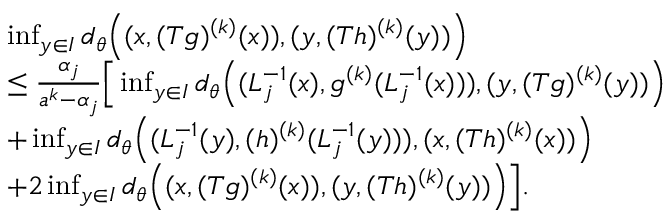
\begin{array} { r l } & { \operatorname* { i n f } _ { y \in I } d _ { \theta } \Big ( ( x , ( T g ) ^ { ( k ) } ( x ) ) , ( y , ( T h ) ^ { ( k ) } ( y ) ) \Big ) } \\ & { \le \frac { \alpha _ { j } } { a ^ { k } - \alpha _ { j } } \Big [ \operatorname* { i n f } _ { y \in I } d _ { \theta } \Big ( ( L _ { j } ^ { - 1 } ( x ) , g ^ { ( k ) } ( L _ { j } ^ { - 1 } ( x ) ) ) , ( y , ( T g ) ^ { ( k ) } ( y ) ) \Big ) } \\ & { + \operatorname* { i n f } _ { y \in I } d _ { \theta } \Big ( ( L _ { j } ^ { - 1 } ( y ) , ( h ) ^ { ( k ) } ( L _ { j } ^ { - 1 } ( y ) ) ) , ( x , ( T h ) ^ { ( k ) } ( x ) ) \Big ) } \\ & { + 2 \operatorname* { i n f } _ { y \in I } d _ { \theta } \Big ( ( x , ( T g ) ^ { ( k ) } ( x ) ) , ( y , ( T h ) ^ { ( k ) } ( y ) ) \Big ) \Big ] . } \end{array}